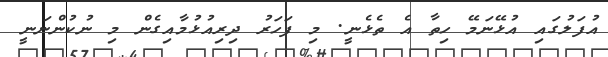
އުފަލުގައި އުޅޭނަމޭ ހިތާ އެ ތެޅެނީ. މި ފަހަރު ދިރިއުޅުމާއިގެން މި ނުކުންނަނީ